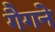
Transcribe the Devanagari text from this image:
गैगने